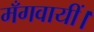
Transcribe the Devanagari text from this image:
मँगवायीं।